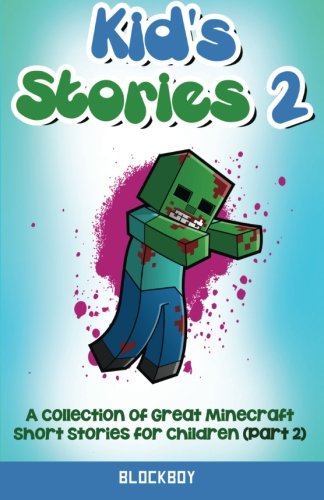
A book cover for Kid's Stories 2: Another Collection of Great Minecraft Short Stories for Children: Unofficial Minecraft Fiction; BlockBoy; Children's Books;